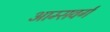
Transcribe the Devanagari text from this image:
आम्सवर्ग